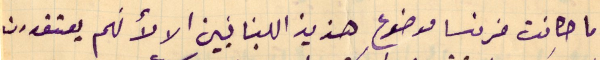
وما كانت فرنسا موضوع هزيز اللبنانيين الا لأنهم يعتقدون